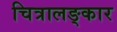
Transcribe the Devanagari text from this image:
चित्रालङ्कार